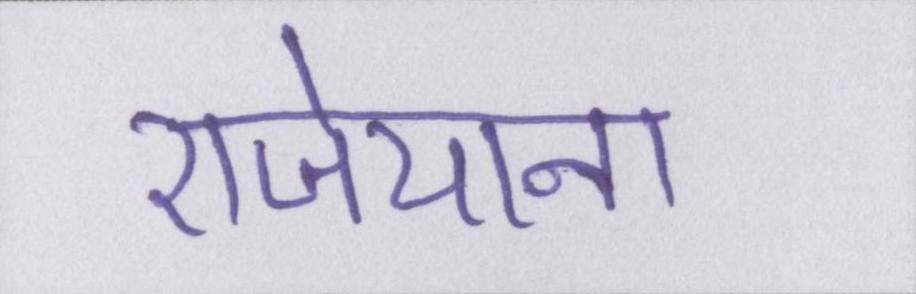
राजेयाना